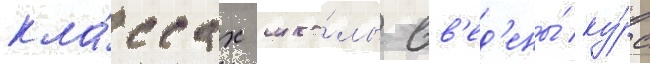
кла́ссах шко́лы вв'ед'ены́ ку́рс